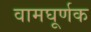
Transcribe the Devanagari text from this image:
वामघूर्णक